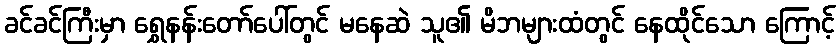
ခင်ခင်ကြီးမှာ ရွှေနန်းတော်ပေါ်တွင် မနေဆဲ သူ၏ မိဘများထံတွင် နေထိုင်သော ကြောင့်